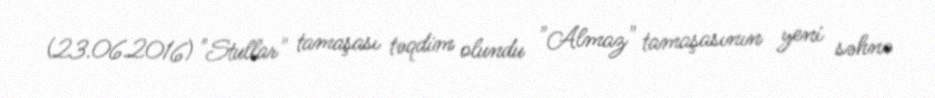
(23.06.2016) "Stullar" tamaşası təqdim olundu "Almaz" tamaşasının yeni səhnə